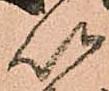
以